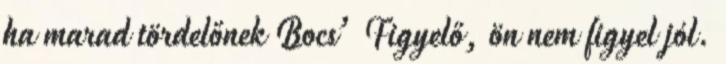
ha marad tördelőnek Bocs’ Figyelő, ön nem figyel jól.